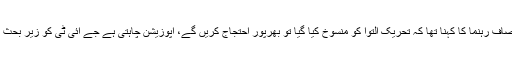
تحریک انصاف رہنما کا کہنا تھا کہ تحریک التوا کو منسوخ کیا گیا تو بھرپور احتجاج کریں گے، اپوزیشن چاہتی ہے جے آئی ٹی کو زیر بحث لایا جائے۔